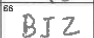
Transcription: BIZ